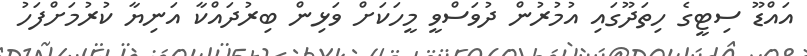
އައްޑޫ ސިޓީގެ ހިތަދޫގައި އުމުރުން ދުވަސްވީ މީހަކަށް ވަޅިން ބިރުދައްކާ އަނިޔާ ކުރުމަށްފަހު